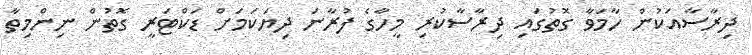
ދިރާސާއަކުން ހާމަވާ ގޮތުގައި ދިރާސާކުރި މީހާގެ ފުރާނަ ދިޔަކަމަށް ޑަކްޓަރީ ގޮތުން ނިންމިތާ